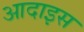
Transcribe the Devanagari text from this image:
आदाइस